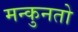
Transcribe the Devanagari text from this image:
मन्कुनतो